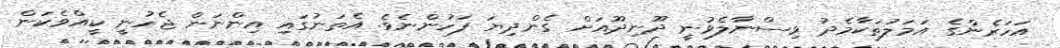
އަހަރެންގެ އަމަލުތަކާމެދު ވިސްނާލެވުނީ ދޫނިދޫއަށް ގެންދިޔަ ފަހުންނެވެ. އެތަނުގައި އިންނަން ޖެހުނީ ކީއްވެކަން